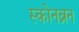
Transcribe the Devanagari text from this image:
स्कोनब्रून